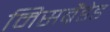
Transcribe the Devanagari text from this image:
मिसब्रैंडेड